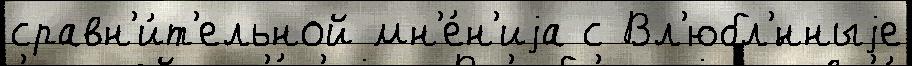
сравн'и́т'ельной мн'е́н'иjа с Вл'юбл'́нныjе